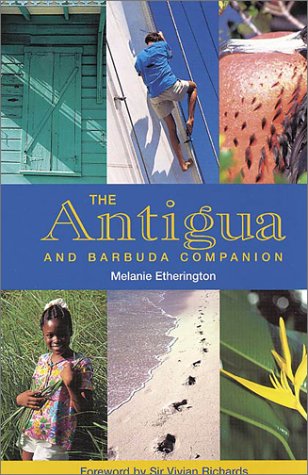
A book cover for The Antigua and Barbuda Companion; Melanie Etherington; Travel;